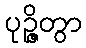
ပုဉ္ဇိတွာ